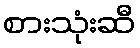
စားသုံးဆီ